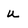
Character: u